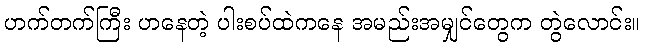
ဟက်တက်ကြီး ဟနေတဲ့ ပါးစပ်ထဲကနေ အမည်းအမျှင်တွေက တွဲလောင်း။